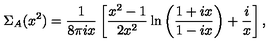
\Sigma _ { A } ( x ^ { 2 } ) = \frac { 1 } { 8 \pi i x } \left[ \frac { x ^ { 2 } - 1 } { 2 x ^ { 2 } } \ln \left( \frac { 1 + i x } { 1 - i x } \right) + \frac { i } { x } \right] ,